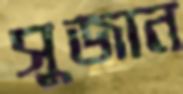
সুজান